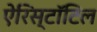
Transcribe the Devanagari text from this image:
ऐरिस्टॉटिल